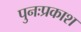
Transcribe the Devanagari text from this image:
पुनःप्रकाश